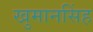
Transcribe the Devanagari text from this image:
खुमानसिंह